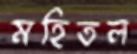
মহিতল